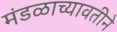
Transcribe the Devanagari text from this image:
मंडळाच्यावतीने